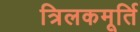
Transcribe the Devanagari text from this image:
त्रिलकमूर्ति